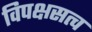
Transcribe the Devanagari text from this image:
विपक्षसत्व